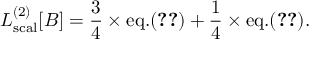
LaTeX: { \cal L } _ { \mathrm { s c a l } } ^ { ( 2 ) } [ B ] = { \frac { 3 } { 4 } } \times \mathrm { e q . } ( \ref { G a m m a 2 s c a l } ) + { \frac { 1 } { 4 } } \times \mathrm { e q . } ( \ref { G a m m a 2 s c a l p I } ) .